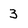
Character: 3